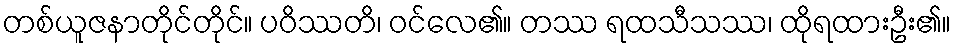
တစ်ယူဇနာတိုင်တိုင်။ ပဝိဿတိ၊ ဝင်လေ၏။ တဿ ရထသီသဿ၊ ထိုရထားဦး၏။